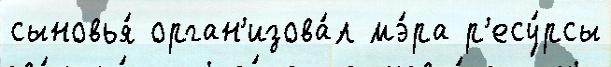
сыновья́ орган'изова́л мэ́ра р'есу́рсы